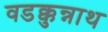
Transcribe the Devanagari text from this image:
वडक्कुन्नाथ